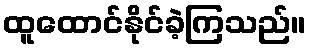
ထူထောင်နိုင်ခဲ့ကြသည်။